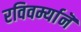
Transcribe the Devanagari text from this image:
रविवर्म्यानॆ